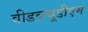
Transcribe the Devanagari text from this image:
वीडब्ल्यूडीएम